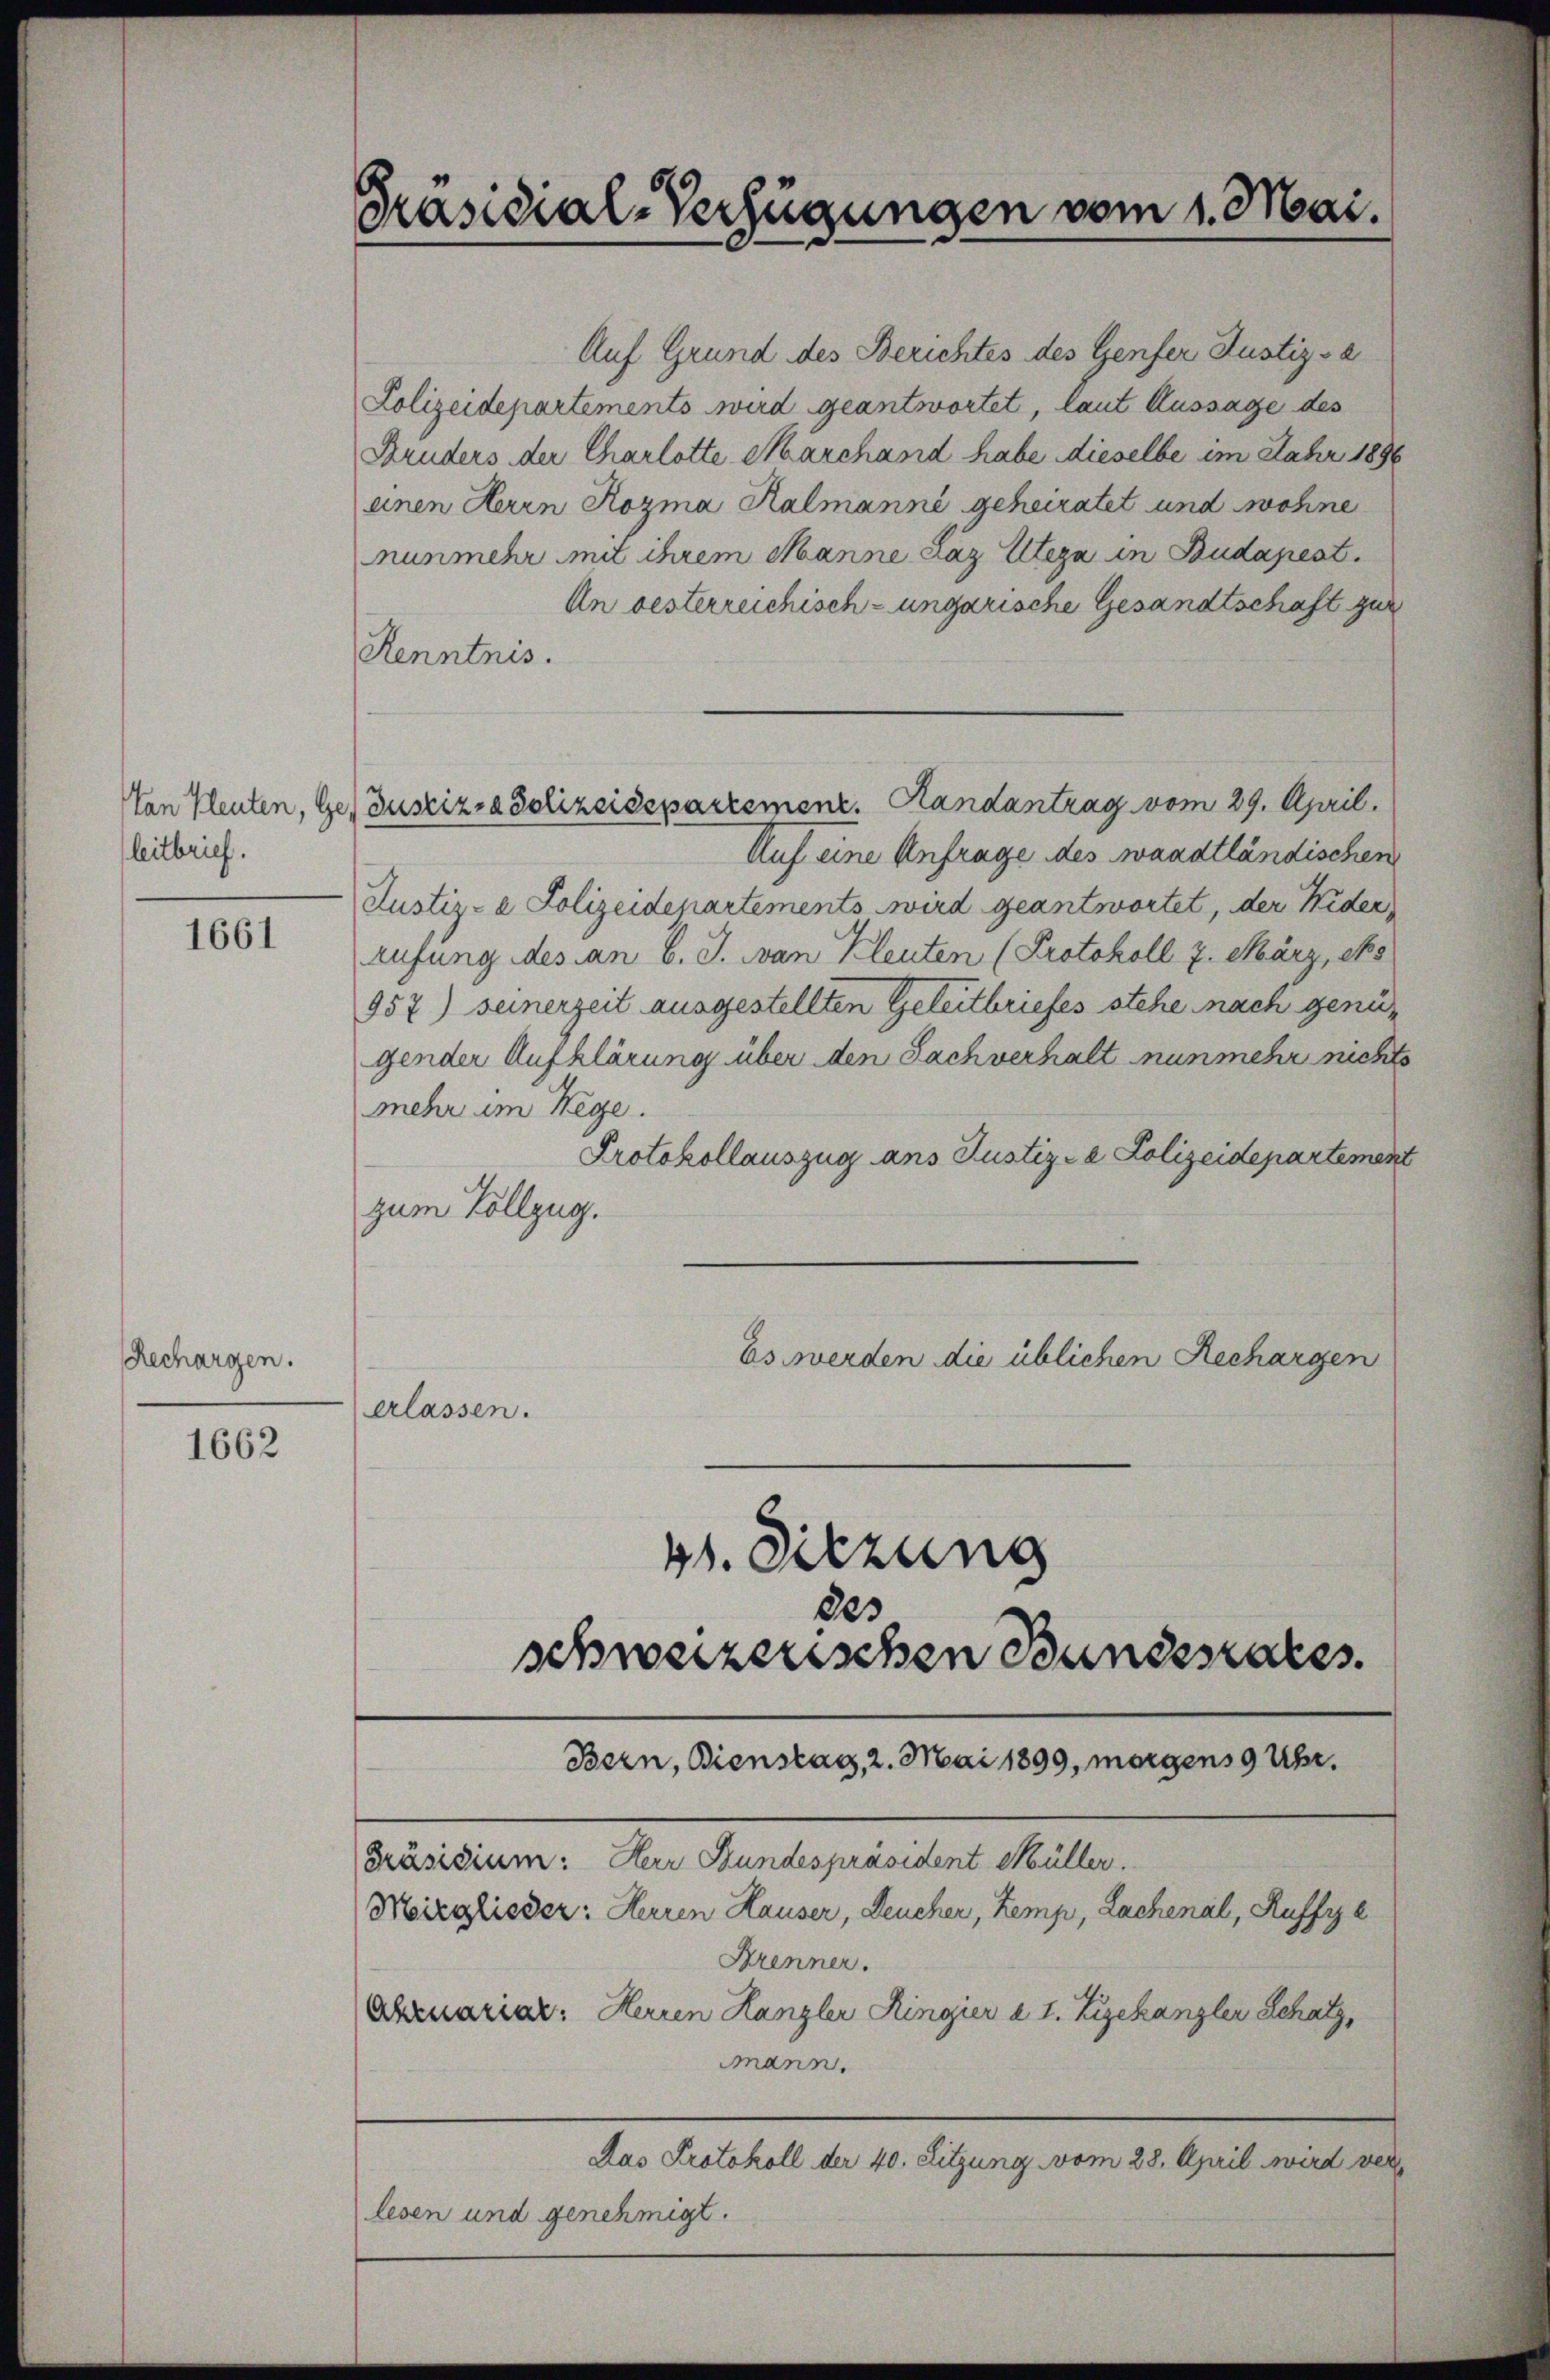
leitbrief.

1661

Rechargen.

1662

Präsidial-Verfügungen vom 1. Mai.

Auf Grund des Berichtes des Genfer Justiz - a
Polizeidepartements wird geantwortet, laut Aussage des
Bruders der Charlotte Marchand habe dieselbe im Fahr 1896
einen Herrn Rozma Ralmanne, geheiratet und wohne
nunmehr mit ihrem Manne Laz Eltern in Budapest.
An oesterreichisch-ungarische Gesandtschaft zur
Kenntnis.
Von Pleuten, Ge Justiz- & Polizeidepartement. Handantrag vom 29. April.
Auf eine Anfrage des waadtländischen
Justiz- & Polizeidepartements wird geantwortet, der Wider
rufung des an b. J. an Kleuten (Protokoll 7. März, es
957) seinerzeit ausgestellten Geleitbriefes stehe nach genügender Aufklärung über den Sachverhalt nunmehr nichts
mehr im Wege.
Protokollauszug ans Justiz- & Polizeidepartemen
zum Vollzug.
Es werden die üblichen Rechargen
erlassen.
41. Sitzung
des
schweizerischen Bundesrates.
Bern, Bienstag, 2. Mai 1899, morgens 9 Uhr.
Präsidium: Herr Bundespräsident Müller.
Moirglieder: Herren Hauser, Leucher, Kemp, Lachenal, Ruffzze
Arenner.
Obzuariar: Herren Hanzler Ringier a 1. Zizekanzler Schatz,
mmann.
Das Protokoll der 40. Sitzung vom 28. April wird verlesen und genehmigt.